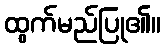
ထွက်မည်ပြု၏။